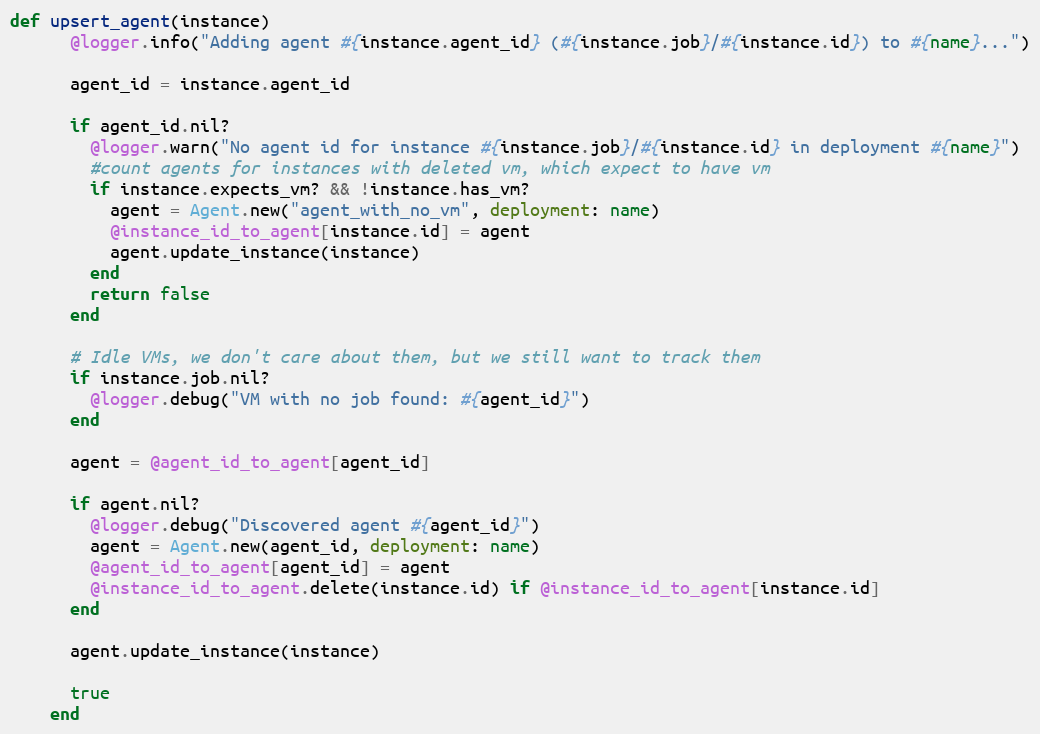
Language: Ruby
def upsert_agent(instance)
      @logger.info("Adding agent #{instance.agent_id} (#{instance.job}/#{instance.id}) to #{name}...")

      agent_id = instance.agent_id

      if agent_id.nil?
        @logger.warn("No agent id for instance #{instance.job}/#{instance.id} in deployment #{name}")
        #count agents for instances with deleted vm, which expect to have vm
        if instance.expects_vm? && !instance.has_vm?
          agent = Agent.new("agent_with_no_vm", deployment: name)
          @instance_id_to_agent[instance.id] = agent
          agent.update_instance(instance)
        end
        return false
      end

      # Idle VMs, we don't care about them, but we still want to track them
      if instance.job.nil?
        @logger.debug("VM with no job found: #{agent_id}")
      end

      agent = @agent_id_to_agent[agent_id]

      if agent.nil?
        @logger.debug("Discovered agent #{agent_id}")
        agent = Agent.new(agent_id, deployment: name)
        @agent_id_to_agent[agent_id] = agent
        @instance_id_to_agent.delete(instance.id) if @instance_id_to_agent[instance.id]
      end

      agent.update_instance(instance)

      true
    end